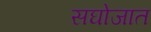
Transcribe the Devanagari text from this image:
सघोजात